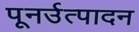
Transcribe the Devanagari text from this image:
पूनर्उत्पादन